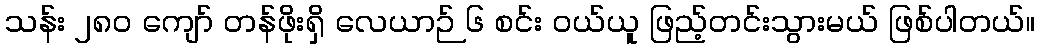
သန်း ၂၈၀ ကျော် တန်ဖိုးရှိ လေယာဉ် ၆ စင်း ဝယ်ယူ ဖြည့်တင်းသွားမယ် ဖြစ်ပါတယ်။